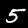
Digit: 5